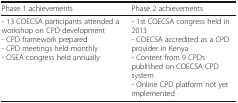
<table><thead><tr><td><b>Phase 1 achievements</b></td><td><b>Phase 2 achievements</b></td></tr></thead><tbody><tr><td>- 13 COECSA participants attended a workshop on CPD development- CPD framework prepared- CPD meetings held monthly- OSEA congress held annually</td><td>- 1st COECSA congress held in 2013- COECSA accredited as a CPD provider in Kenya- Content from 9 CPDs published on COECSA CPD system- Online CPD platform not yet implemented</td></tr></tbody></table>